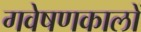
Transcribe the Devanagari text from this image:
गवेषणकालों